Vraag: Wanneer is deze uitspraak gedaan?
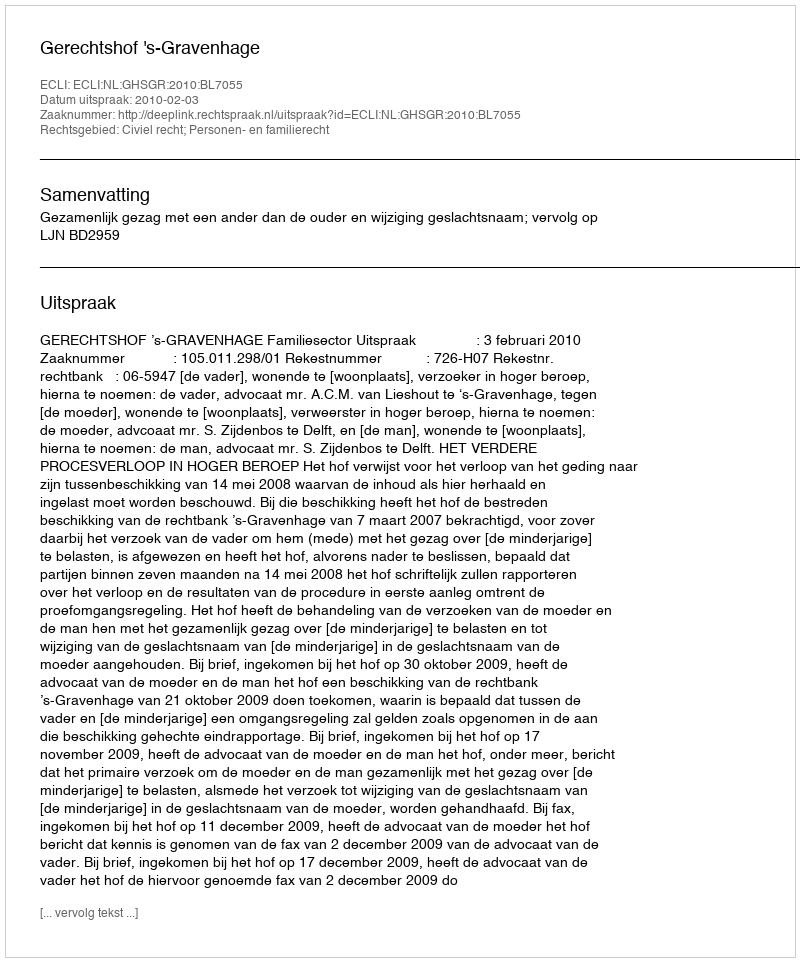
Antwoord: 2010-02-03